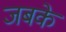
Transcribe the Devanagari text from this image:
जबके